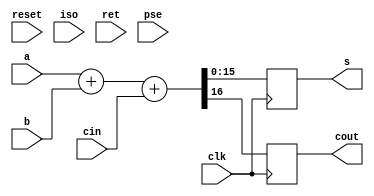
module RCA_16b_final(clk, reset, cin, iso, ret, pse, a,b,s, cout);
  input clk;
  input reset;
  input cin;
  input iso;
  input ret;
  input pse;
  input [15:0] a,b; 
  output reg [15:0] s;
  output reg cout;
  
always@(posedge clk)
{cout, s} <= a+b+cin;


endmodule